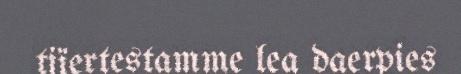
tjïertestamme lea daerpies